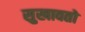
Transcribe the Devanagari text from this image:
सुखावतो